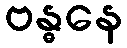
ဗန္ဓနေ